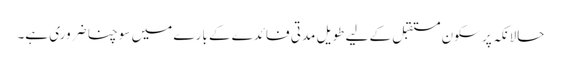
حالانکہ پر سکون مستقبل کے لیے طویل مدتی فائدے کے بارے میں سوچنا ضروری ہے۔